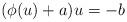
LaTeX: \begin{align*}(\phi(u)+a) u=-b\end{align*}